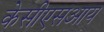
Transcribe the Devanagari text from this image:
केसीएसआय